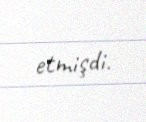
etmişdi.